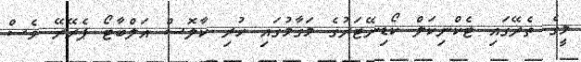
މީގެ ތެރޭގައި ޓެކްނިކަލް ކޯޑިނޭޓަރުގެ މަގާމުގައި ހުރި ކާލޮސް އަލްބާޓޯ ޕެރޭރޭ ވެސް